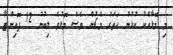
މި މޮޅާއެކު ކުޅުނު ހަތަރު މެޗުން ވެސް މޮޅުވެ ލިބުނު 12 ޕޮއިންޓާ